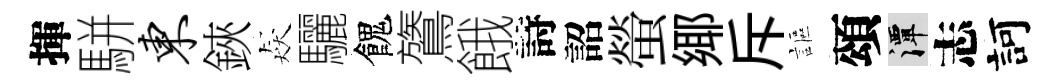
揮駢东鋏猋驪餽鷟餓詩詔螢鄊斥謳頌潭志訶